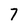
Character: 7